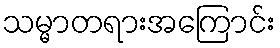
သမ္မာတရားအကြောင်း